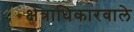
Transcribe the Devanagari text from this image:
क्षेत्राधिकारवाले